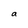
Character: a